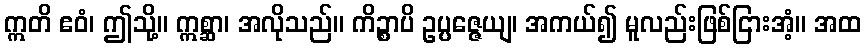
ဣတိ ဧဝံ၊ ဤသို့။ ဣစ္ဆာ၊ အလိုသည်။ ကိဉ္စာပိ ဥပ္ပဇ္ဇေယျ၊ အကယ်၍ မူလည်းဖြစ်ငြားအံ့။ အထ